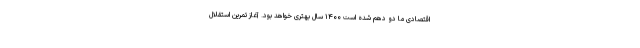
اقتصادی ما دو دهم شده است ۱۴۰۰ سال بهتری خواهد بود. آغاز تمرین استقلال